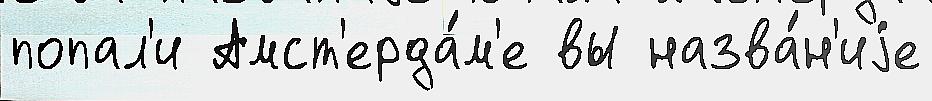
попал'и Амст'ерда́м'е вы назва́н'иjе